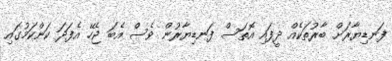
ފަނޑިޔާރަށް ބާރުތަކެއް ދީފައި އޮތަސް ފަނޑިޔާރުން ވެސް އެބަ ޖެހޭ އެފަދަ ކަންކަމުގައި